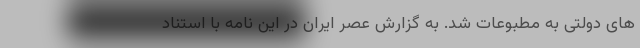
های دولتی به مطبوعات شد‌. به گزارش عصر ایران در این نامه با استناد